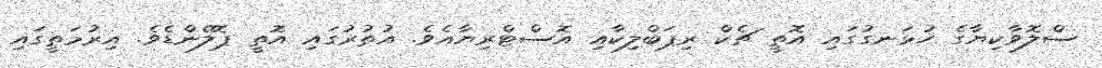
ސްލޮވާކިޔާގެ ހުޅަނގުގައި އޮތީ ޗެކް ރިޕަބްލިކާއި އޮސްޓްރިޔާއެވެ. އުތުރުގައި އޮތީ ޕޮލޭންޑެވެ. އިރުމަތީގައި